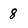
Character: 8